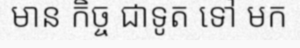
មាន កិច្ច ជាទូត ទៅ មក